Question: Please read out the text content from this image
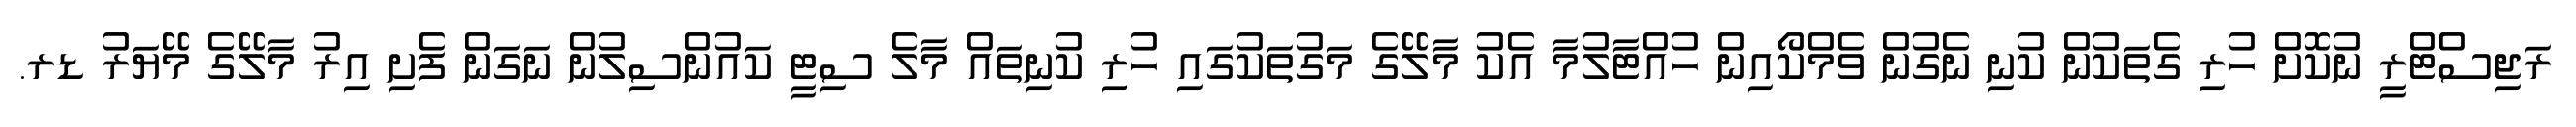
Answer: ރަޖިސްޓްރީ ނުކޮށް ހުރި ގެތަކުން ކުނި ނެގުން ވެމްކޯއިން ހުއްޓާލުމާ އެކު މާލޭގެ މަގުތަކުގައި ހުރި ކުނިތައް މާލެ ސިޓީ ކައުންސިލުން ނަގަން ފެށި އިރު މާލޭގެ މޭޔަރު ޑރ.